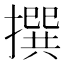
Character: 撰